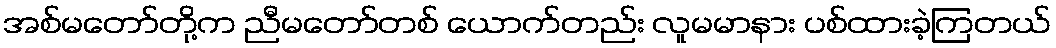
အစ်မတော်တို့က ညီမတော်တစ် ယောက်တည်း လူမမာနား ပစ်ထားခဲ့ကြတယ်